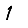
Digit: 1